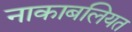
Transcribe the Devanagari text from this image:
नाकाबलियत